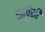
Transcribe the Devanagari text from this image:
ह्याचेशी